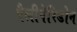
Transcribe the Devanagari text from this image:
पैलीपेरिडोन